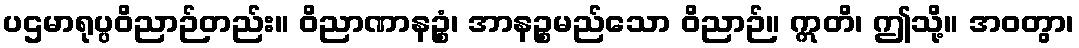
ပဌမာရုပ္ပဝိညာဉ်တည်း။ ဝိညာဏာနဉ္စံ၊ အာနဉ္စမည်သော ဝိညာဉ်။ ဣတိ၊ ဤသို့။ အဝတွာ၊